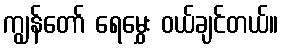
ကျွန်တော် ရေမွှေး ဝယ်ချင်တယ်။